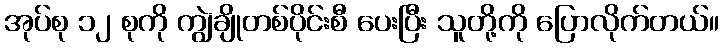
အုပ်စု ၁၂ စုကို ကျွဲချိုတစ်ပိုင်းစီ ပေးပြီး သူတို့ကို ပြောလိုက်တယ်။